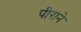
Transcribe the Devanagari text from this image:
पीराने